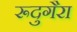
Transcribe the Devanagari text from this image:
रूदुगैरा